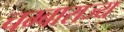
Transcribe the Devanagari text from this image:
चम्बाराज्य